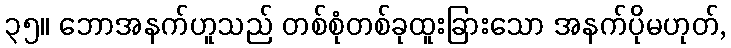
၃၅။ ဘောအနက်ဟူသည် တစ်စုံတစ်ခုထူးခြားသော အနက်ပိုမဟုတ်,